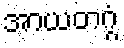
အာယတဂ္ဂံ